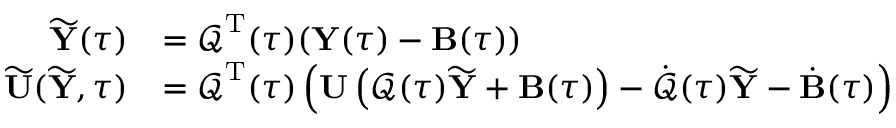
\begin{array} { r l } { \widetilde { { \mathbf Y } } ( \tau ) } & { = \boldsymbol { \mathcal Q } ^ { { \mathrm T } } ( \tau ) ( { \mathbf Y } ( \tau ) - { \mathbf B } ( \tau ) ) } \\ { \widetilde { { \mathbf U } } ( \widetilde { { \mathbf Y } } , \tau ) } & { = \boldsymbol { \mathcal Q } ^ { { \mathrm T } } ( \tau ) \left( { \mathbf U } \left( \boldsymbol { \mathcal Q } ( \tau ) \widetilde { { \mathbf Y } } + { \mathbf B } ( \tau ) \right) - \dot { \boldsymbol { \mathcal Q } } ( \tau ) \widetilde { { \mathbf Y } } - \dot { { \mathbf B } } ( \tau ) \right) } \end{array}